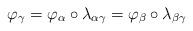
LaTeX: \begin{align*}\varphi_{\gamma} = \varphi_{\alpha} \circ \lambda_{\alpha\gamma} = \varphi_{\beta} \circ \lambda_{\beta\gamma}\end{align*}